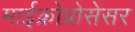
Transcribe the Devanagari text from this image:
माईक्रोप्रोसेसर